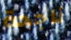
ناجحة